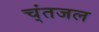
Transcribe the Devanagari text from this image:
च्ंतजल